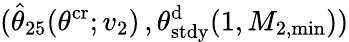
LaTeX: (\hat{\theta}_{25}(\theta^{\mathrm{cr}};v_{2})\, ,\theta_{\mathrm{stdy}}^{\mathrm{d}}(1,M_{2,\operatorname*{min}}))